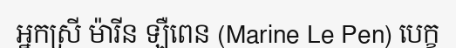
អ្នកស្រី ម៉ារីន ឡឺពេន (Marine Le Pen) បេក្ខ